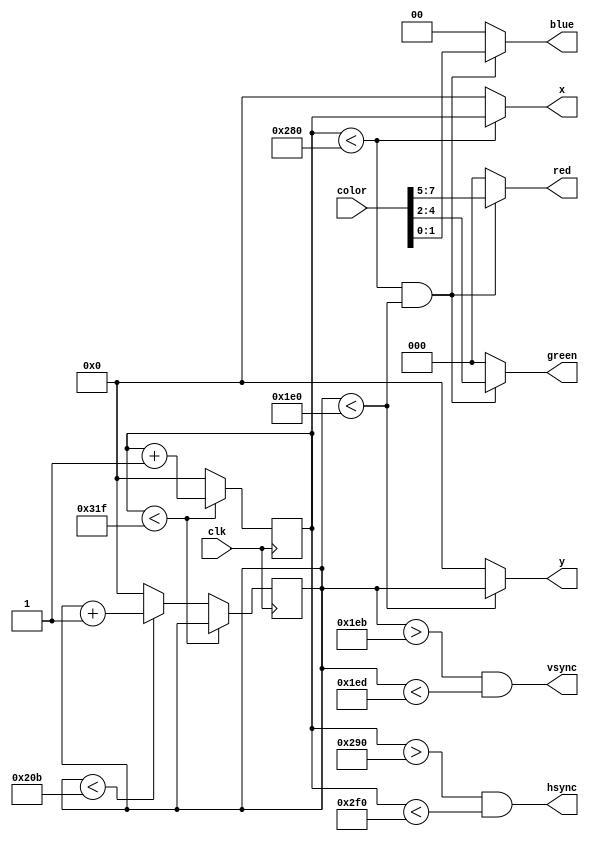
module vga_driver(clk, color, hsync, vsync, red, green, blue, x, y);
	// VGA signal explanation and timing values for specific modes:
	// http://www-mtl.mit.edu/Courses/6.111/labkit/vga.shtml

	// 640x480 @ 60Hz, 25MHz pixel clock
	parameter H_ACTIVE = 640;
	parameter H_FRONT = 16;
	parameter H_PULSE = 96;
	parameter H_BACK = 48;
	parameter V_ACTIVE = 480;
	parameter V_FRONT = 11;
	parameter V_PULSE = 2;
	parameter V_BACK = 31;
	
	input clk;
	input [7:0] color;
	
	output hsync, vsync;
	output [9:0] x, y;
	output [2:0] red, green;
	output [1:0] blue;
	
	reg [9:0] h_count;
	reg [9:0] v_count;
	
	reg [6:0] bar_count;
	reg [2:0] column_count;
	
	always @(posedge clk)
	begin
	
		if (h_count < H_ACTIVE + H_FRONT + H_PULSE + H_BACK - 1)
		begin
			// Increment horizontal count for each tick of the pixel clock
			h_count <= h_count + 1;

			if (bar_count>91)
			begin
				bar_count <= 0;
				column_count <= column_count+1;
			end
			else
			begin
						bar_count <= bar_count + 1;
			end
			
		end		
		else
		begin

			bar_count <= 0;
			column_count <= 0;
			
			// At the end of the line, reset horizontal count and increment vertical
			h_count <= 0;
			if (v_count < V_ACTIVE + V_FRONT + V_PULSE + V_BACK - 1)
				v_count <= v_count + 1;
			else
				// At the end of the frame, reset vertical count
				v_count <= 0;
		end
	end
	
	// Generate horizontal and vertical sync pulses at the appropriate time
	assign hsync = h_count > H_ACTIVE + H_FRONT && h_count < H_ACTIVE + H_FRONT + H_PULSE;
	assign vsync = v_count > V_ACTIVE + V_FRONT && v_count < V_ACTIVE + V_FRONT + V_PULSE;
	
	// Output x and y coordinates
	assign x = h_count < H_ACTIVE ? h_count : 0;
	assign y = v_count < V_ACTIVE ? v_count : 0;

	// Generate separate RGB signals from different parts of color byte
	// Output black during horizontal and vertical blanking intervals

	assign red		= h_count < H_ACTIVE && v_count < V_ACTIVE ? color[7:5] : 3'b0;
	assign green	= h_count < H_ACTIVE && v_count < V_ACTIVE ? color[4:2] : 3'b0;
	assign blue		= h_count < H_ACTIVE && v_count < V_ACTIVE ? color[1:0] : 2'b0;
	
	assign colour_count = column_count;

endmodule